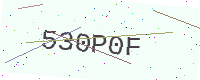
Text: 530P0F